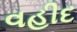
વહીદ